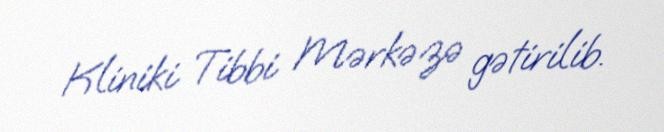
Kliniki Tibbi Mərkəzə gətirilib.